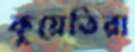
কুয়েতিরা